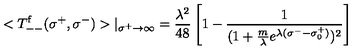
< T _ { -- } ^ { \mathrm { f } } ( \sigma ^ { + } , \sigma ^ { - } ) > | _ { \sigma ^ { + } \rightarrow \infty } = \frac { \lambda ^ { 2 } } { 4 8 } \left[ 1 - \frac { 1 } { ( 1 + \frac { m } { \lambda } e ^ { \lambda ( \sigma ^ { - } - \sigma _ { 0 } ^ { + } ) } ) ^ { 2 } } \right]